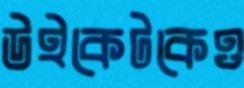
উইকেটকেও